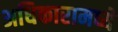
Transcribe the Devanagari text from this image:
अधिकारामध्ये